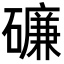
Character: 𥖝